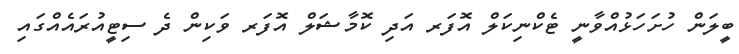
ބީލަން ހުށަހަޅުއްވާނީ ޓެކްނިކަލް އޮފަރ އަދި ކޮމާޝަލް އޮފަރ ވަކިން ދެ ސިޓީއުރައެއްގައި